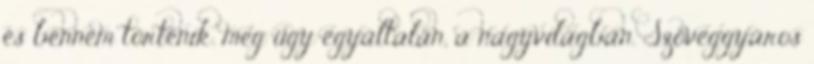
és bennem történik. meg úgy egyáltalán, a nagyvilágban. Szöveggyáros